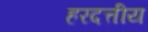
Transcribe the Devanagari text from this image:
हरदत्तीय